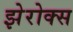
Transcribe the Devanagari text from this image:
झेरोक्स